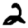
Digit: 2